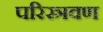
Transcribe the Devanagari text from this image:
परिस्त्रवण